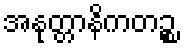
အနုတ္တာနိကတဉ္စ